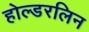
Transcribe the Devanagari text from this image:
होल्डरलिन